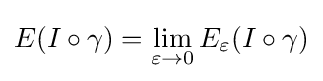
E(I\circ \gamma )=\lim _{\varepsilon \to 0}E_{\varepsilon }(I\circ \gamma )